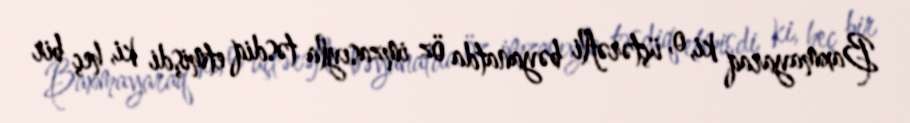
Baxmayaraq ki, o, üçtərəfli bəyanatda öz imzasıyla təsdiq etmişdi ki, heç bir